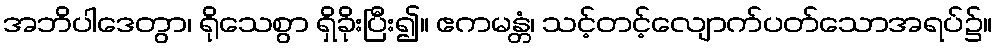
အဘိပါဒေတွာ၊ ရိုသေစွာ ရှိခိုးပြီး၍။ ဧကမန္တံ၊ သင့်တင့်လျောက်ပတ်သောအရပ်၌။